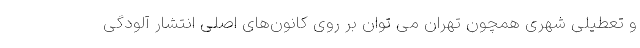
و تعطیلی شهری همچون تهران می توان بر روی کانون‌های اصلی انتشار آلودگی